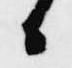
日